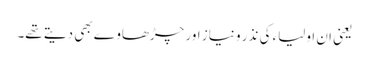
یعنی ان اولیاء کی نذر و نیاز اور چڑھاوے بھی دیتے تھے۔